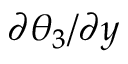
{ { \partial \theta _ { 3 } } / { \partial y } }